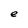
Character: e